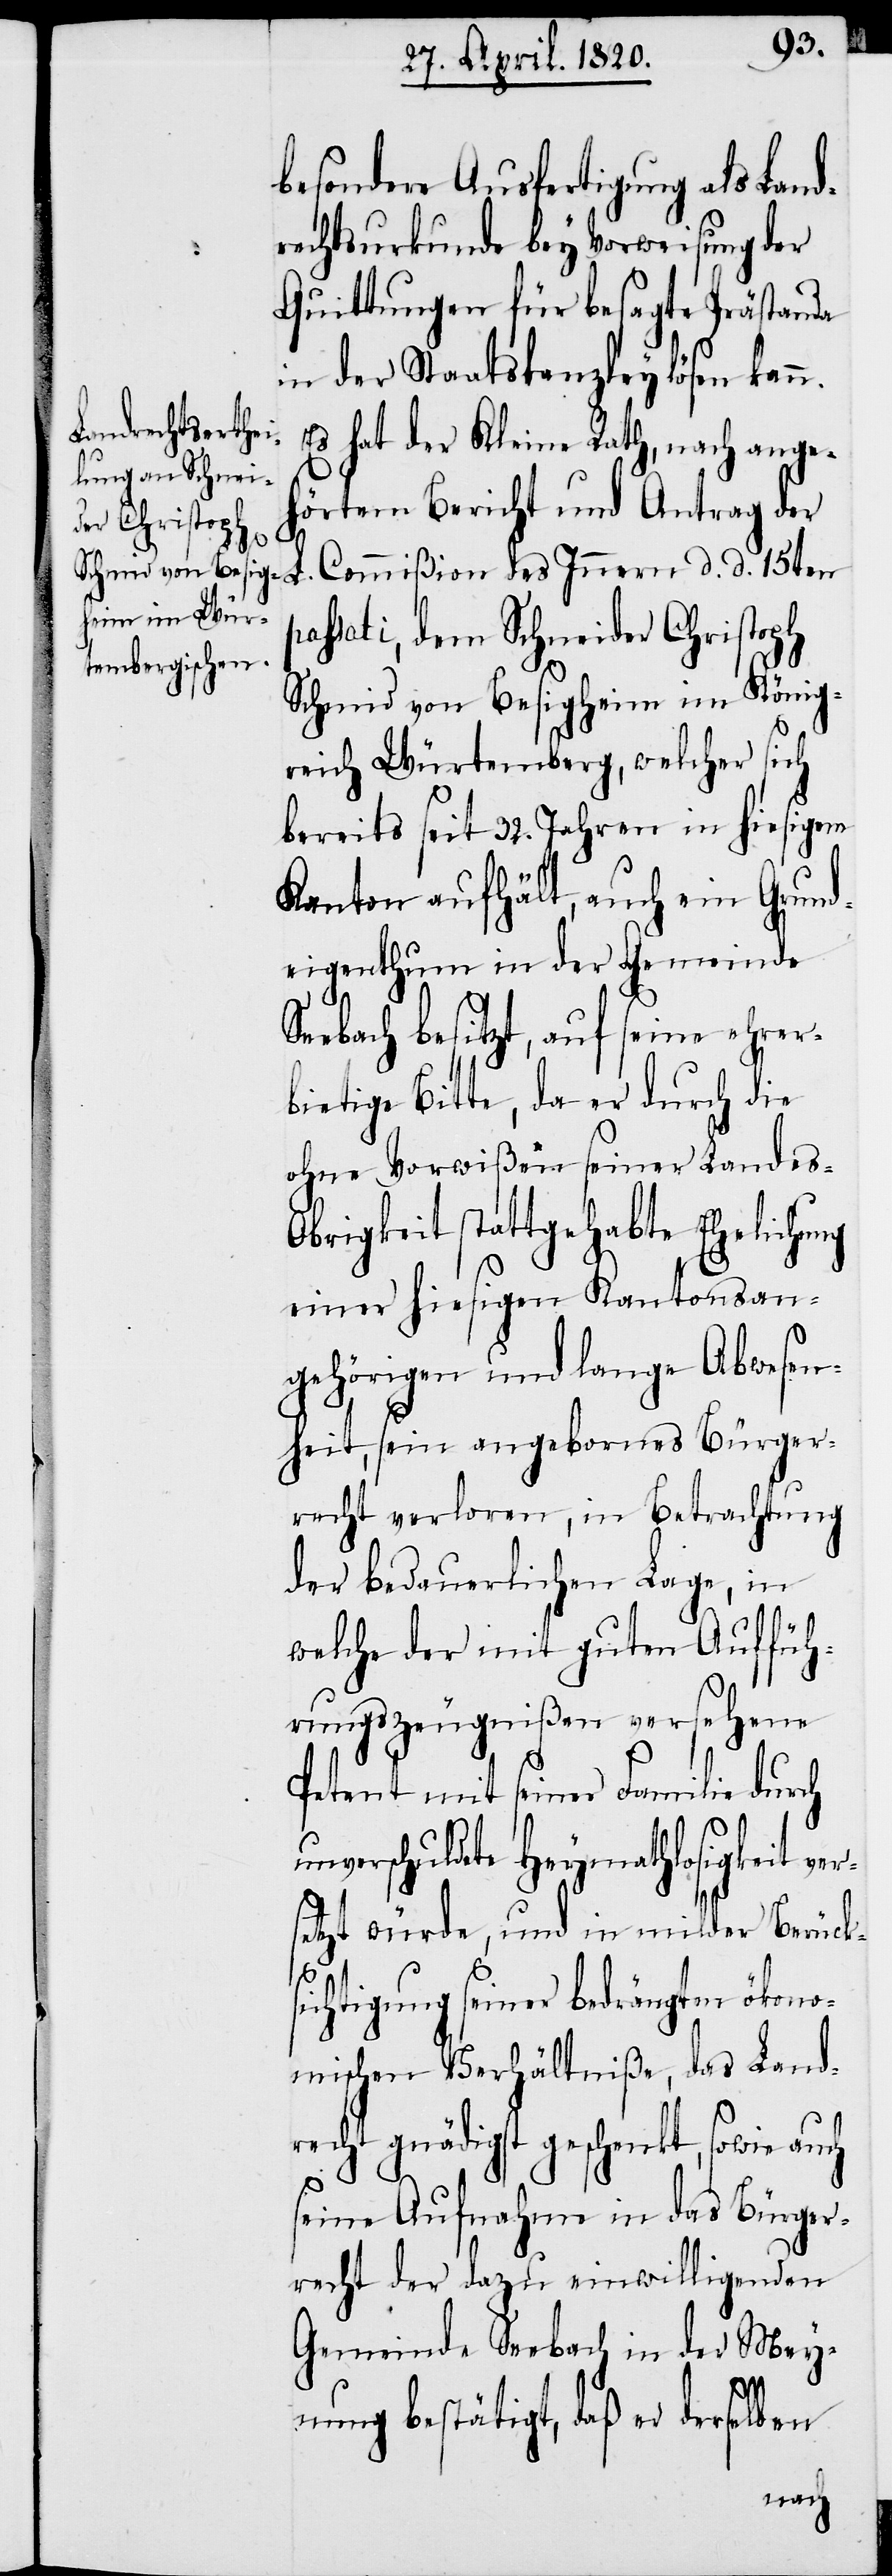
besondere Ausfertigung als Land¬
rechtsurkunde bey Vorweisung der
Quittungen für besagte Prästande
in der Staatskanzley lösen kann.
Es hat der Kleine Rath, nach ange¬
hörtem Bericht und Antrag der
Commißion des Innern d. d. 15ten
passati, dem Schneider Christoph
Schmid von Besigheim im König¬
reich Würtemberg, welcher sich
bereits seit 32. Jahren in hiesigem
Kanton aufhält, auch ein Grund¬
eigenthum in der Gemeinde
Seebach besitzt, auf seine ehrer¬
bietige Bitte, da er durch die
ohne Vorwißen seiner Landes-O¬
brigkeit stattgehabte Ehelichung
einer hiesigen Kantonsan¬
gehörigen und lange Abwesen¬
heit, sein angebornes Bürger¬
recht verloren, in Betrachtung
der bedauerlichen Lage, in
welche der mit guten Auffüh¬
rungszeugnißen versehene
Petent mit seiner Familie durch
unverschuldete Heymathslosigkeit ver¬
setzt würde, und in milder Berücks¬
ichtigung seiner bedrängten ökono¬
mischen Verhältnißen, das Land¬
recht gnädigst geschenkt, sowie auch
seine Aufnahme in das Bürger¬
recht der dazu einwilligende
Gemeinde Seebach in der Mey¬
nung bestätigt, daß er derselben